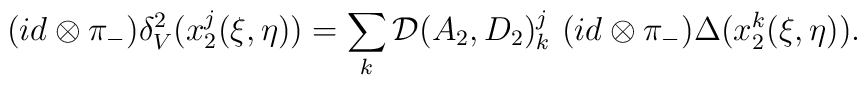
(id \otimes \pi_-)\delta^2_V(x_2^j(\xi,\eta)) =\sum_k {\cal D}(A_2,D_2)^j_k \ (id \otimes \pi_-)\Delta (x_2^k(\xi,\eta)).